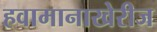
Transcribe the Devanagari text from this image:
हवामानाखेरीज